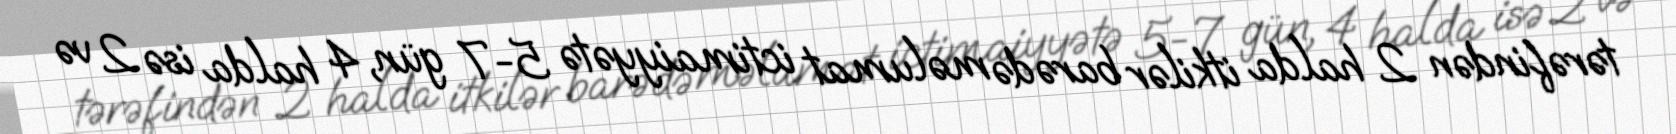
tərəfindən 2 halda itkilər barədə məlumat ictimaiyyətə 5-7 gün, 4 halda isə 2 və